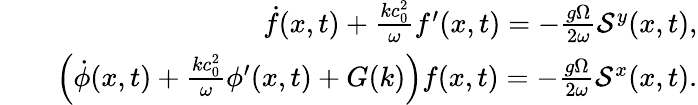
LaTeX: \begin{array}{rlr}&{}&{\dot{f}(x,t)+\frac{kc_{0}^{2}}{\omega}f^{\prime}(x,t)=-\frac{g\Omega}{2\omega}\mathcal{S}^{y}(x,t),}\\ &{}&{\left(\dot{\phi}(x,t)+\frac{kc_{0}^{2}}{\omega}\phi^{\prime}(x,t)+G(k)\right)f(x,t)=-\frac{g\Omega}{2\omega}\mathcal{S}^{x}(x,t).}\end{array}